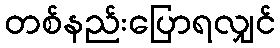
တစ်နည်းပြောရလျှင်